Scientific memoirs by medical officers of the Army of India - Part XII,
Year: 1901
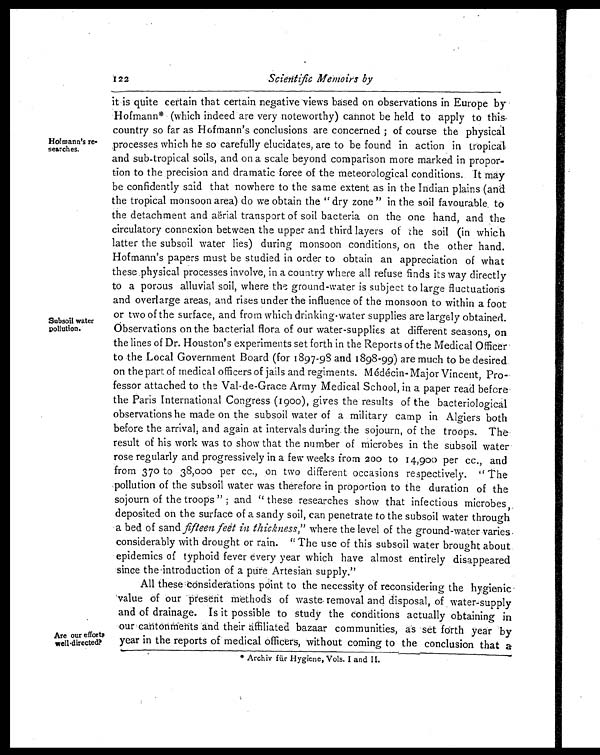
122
Scientific Memoirs by
Hofmann's re
-
searches.
Subsoil water
pollution.
Are our efforts
well directed?
it is quite certain that certain negative views based on observations in Europe by
Hofmann* (which indeed are very noteworthy) cannot be held to apply to this
country so far as Hofmann's conclusions are concerned ; of course the physical
processes which he so carefully elucidates, are to be found in action in tropical
and sub-tropical soils, and on a scale beyond comparison more marked in propor
-
tion to the precision and dramatic force of the meteorological conditions. It may
be confidently said that nowhere to the same extent as in the Indian plains (and
the tropical monsoon area) do we obtain the "dry zone" in the soil favourable to
the detachment and aërial transport of soil bacteria on the one hand, and the
circulatory connexion between the upper and third layers of the soil (in which
latter the subsoil water lies) during monsoon conditions, on the other hand.
Hofmann's papers must be studied in order to obtain an appreciation of what
these physical processes involve, in a country where all refuse finds its way directly
to a porous alluvial soil, where the ground-water is subject to large fluctuations
and overlarge areas, and rises under the influence of the monsoon to within a foot
or two of the surface, and from which drinking-water supplies are largely obtained.
Observations on the bacterial flora of our water-supplies at different seasons, on
the lines of Dr. Houston's experiments set forth in the Reports of the Medical Officer
to the Local Government Board (for 1897-98 and 1898-99) are much to be desired
on the part of medical officers of jails and regiments. Médécin- Major Vincent, Pro
-fessor attached to the Val-de-Grace Army Medical School, in a paper read before
the Paris International Congress (1900), gives the results of the bacteriological
observations he made on the subsoil water of a military camp in Algiers both
before the arrival, and again at intervals during the sojourn, of the troops. The
result of his work was to show that the number of microbes in the subsoil water
rose regularly and progressively in a few weeks from 200 to 14,900 per cc., and
from 37o to 38,000 per cc., on two different occasions respectively. "The
pollution of the subsoil water was therefore in proportion to the duration of the
sojourn of the troops" ; and "these researches show that infectious microbes,
deposited on the surface of a sandy soil, can penetrate to the subsoil water through
a bed of sand fifteen feet in thickness," where the level of the ground-water varies
considerably with drought or rain. "The use of this subsoil water brought about
epidemics of typhoid fever every year which have almost entirely disappeared
since the introduction of a pure Artesian supply."
All these considerations point to the necessity of reconsidering the hygienic
value of our present methods of waste removal and disposal, of water-supply
and of drainage. Is it possible to study the conditions actually obtaining in
our cantonments and their affiliated bazaar communities, as set forth year by
year in the reports of medical officers, without coming to the conclusion that a
* Archiv für Hygiene, Vols. I and II.